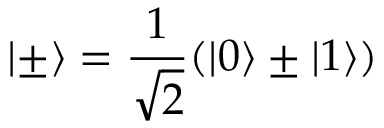
\lvert \pm \rangle = \frac { 1 } { \sqrt { 2 } } ( \lvert 0 \rangle \pm \lvert 1 \rangle )